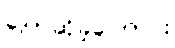
ပြောဆိုခဲ့ကြောင်း